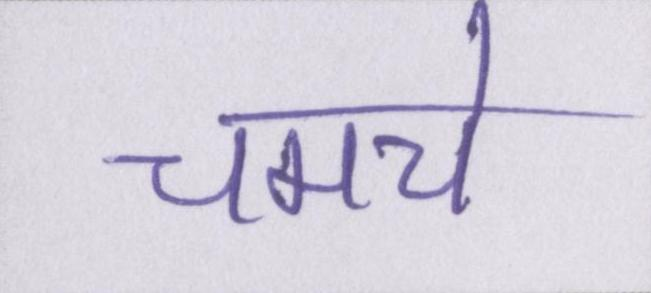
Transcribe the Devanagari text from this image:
चमचे